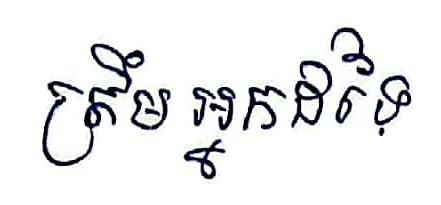
ត្រឹមអ្នកដទៃ